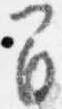
間